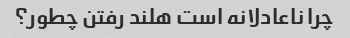
چرا ناعادلانه است هلند رفتن چطور؟